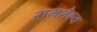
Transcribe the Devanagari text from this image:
रामशैल्य